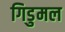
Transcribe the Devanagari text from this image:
गिडुमल